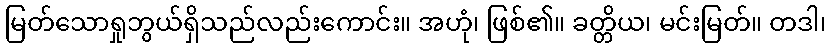
မြတ်သောရှုဘွယ်ရှိသည်လည်းကောင်း။ အဟုံ၊ ဖြစ်၏။ ခတ္တိယ၊ မင်းမြတ်။ တဒါ၊